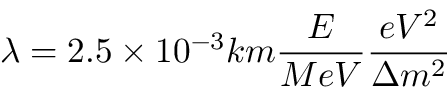
\lambda = 2 . 5 \times 1 0 ^ { - 3 } k m \frac { E } { M e V } \frac { e V ^ { 2 } } { \Delta m ^ { 2 } }